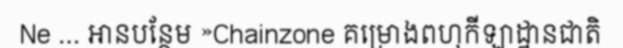
Ne ... អានបន្ថែម »Chainzone គម្រោងពហុកីឡាដ្ឋានជាតិ